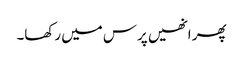
پھر انھیں پرس میں رکھا۔